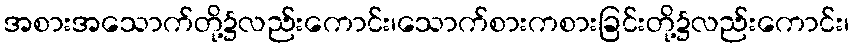
အစားအသောက်တို့၌လည်းကောင်း၊သောက်စားကစားခြင်းတို့၌လည်းကောင်း၊